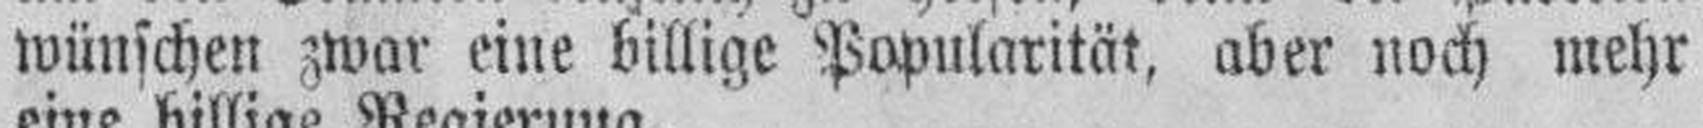
wünschen zwar eine billige Popularität, aber noch mehr